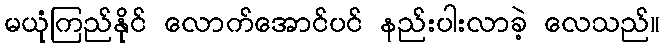
မယုံကြည်နိုင် လောက်အောင်ပင် နည်းပါးလာခဲ့ လေသည်။